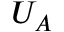
U _ { A }